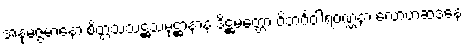
အနုမဇ္ဇမာနော စိတ္တသံသဋ္ဌသမုဋ္ဌာနာနံ ဒိဋ္ဌမတ္တော ဝိဘင်္ဂဝါရဝဏ္ဏနာ လောဟဆဒနေ